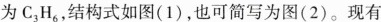
为C_{3|H_{6|，结构式如图(1)，也可简写为图(2)。现有